Civil Veterinary Department. Central Provinces & Berar 1925-31 - 1925-1931
Year: 1925
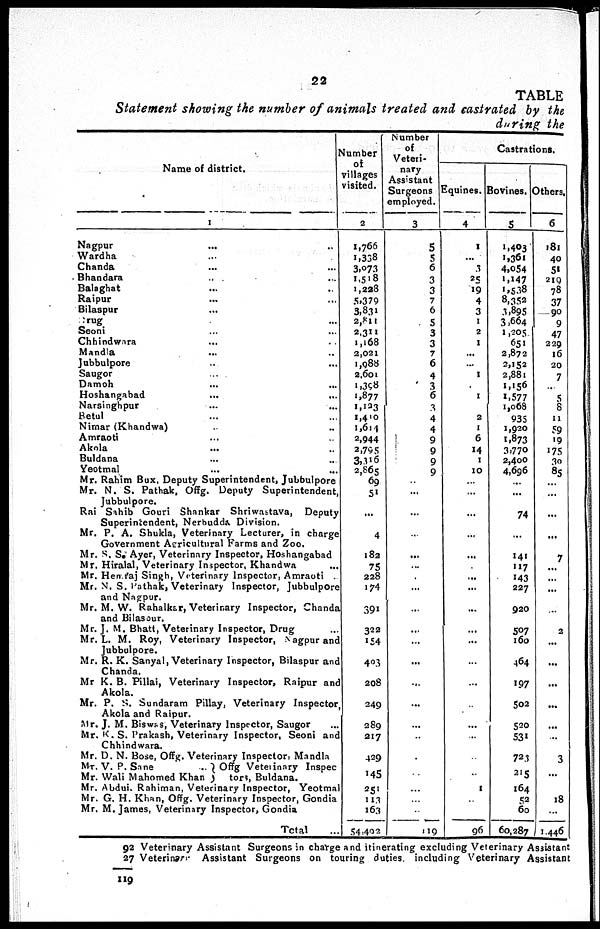
22
TABLE
Statement showing the number of animals treated and castrated by the
during the
Name of district.
1
Nagpur
... ...
Wardha ... ...
Chanda ... ...
Bhandara .. ...
Balaghat ... ...
Raipur ... ...
Bilaspur ... ...
Grug ... ...
Seoni ... ...
Chhindwara ... ...
Mandla ... ...
Jubbulpore ... ...
Saugor ... ...
Damoh ... ...
Hoshangabad
...
...
Narsinghpur ... ...
Betul ... ...
Nimar (Khandwa) ... ...
Amraoti ... ...
Akola
... ...
Buldana ... ...
Yeotmal ... ...
Mr. Rahim Bux, Deputy Superintendent, Jubbulpore
Mr. N. S. Pathak, Offg. Deputy Superintendent,
Jubbulpore.
Rai Sahib Gouri Shankar Shriwastava, Deputy
Superintendent, Nerbudda Division.
Mr. P. A. Shukla, Veterinary Lecturer, in charge
Government Agricultural Farms and Zoo.
Mr. S. S. Ayer, Veterinary Inspector, Hoshangabad
Mr. Hiralal, Veterinary Inspector, Khandwa ...
Mr. Hemraj Singh, Veterinary Inspector, Amraoti
Mr. N. S. pathak, Veterinary Inspector, Jubbulpore
and Nagpur.
Mr. M. W. Rahalkar, Veterinary Inspector, Chanda
and Bilasour.
Mr. J. M. Bhatt, Veterinary Inspector, Drug
Mr. L. M. Roy, Veterinary Inspector, Nagpur and
Jubbulpore.
Mr. R. K. Sanyal, Veterinary Inspector, Bilaspur and
Chanda.
Mr K. B. Pillal, Veterinary Inspector, Raipur and
Akola.
Mr. P. S. Sundaram Pillay, Veterinary Inspector
Akola and Raipur.
Mr. J. M. Biswas, Veterinary Inspector, Saugor ...
Mr. K. S. Prakash, Veterinary Inspector, Seoni and
Chhindwara.
Mr. D. N. Bose, Offg. Veterinary Inspector. Mandla
Mr. V. P. Sane
... }Offg Veterinary Inspec
Mr. Wali Mahomed Khan
tors, Buldana.
Mr. Abdui, Rahiman, Veterinary Inspector, Yeotmal
Mr. G. H. Khan, Offg. Veterinary Inspector, Gondia
Mr. M. James, Veterinary Inspector, Gondia
Total ...
Number
of
villages
visited.
2
1,766
1,338
3,073
1,518
1,238
5.370
3,831
2,811
2,311
1,168
2,021
1,088
2,601
1,398
1,877
1,123
1,400
1,614
2,944
2,795
3,316
2,865
69
51
...
4
182
75
228
174
391
322
154
403
208
249
289
217
429
145
251
113
163
54,402
Number
of
Veteri-
nary
Assistant
Surgeons
employed.
3
5
5
6
3
3
7
6
5
3
3
7
6
4
3
6
3
4
4
9
9
9
9
...
...
...
...
...
...
.
...
...
...
...
...
...
...
...
...
...
...
...
...
...
119
Castrations.
Equines.
4
1
...
3
25
29
4
3
1
2
1
...
...
1
1
2
1
6
14
1
10
...
...
...
...
...
...
...
...
...
...
...
...
...
...
...
...
...
...
...
96
Bovines.
5
1,403
1,361
4,054
1,147
1,538
8,353
3,895
3,664
1,205
651
2,872
2,152
2,881
1,156
1,577
1,068
935
1,920
1,873
3,770
2,400
4,696
...
...
74
...
141
117
143
227
920
507
160
464
197
502
520
531
723
215
164
52
60
60,287
Others.
6
181
40
51
219
78
37
90
9
47
229
16
20
7
...
5
8
11
59
19
175
30
85
...
...
...
...
7
...
...
...
...
2
...
...
...
...
...
3
...
18
...
1,446
92
27
119
Veterinary Assistant Surgeons in charge and itinerating excluding Veterinary Assistant
Veterinary Assistant Surgeons on touring duties including Veterinary Assistant